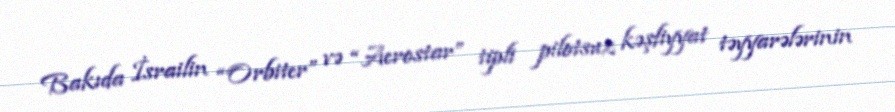
Bakıda İsrailin “Orbiter” və “Aerostar” tipli pilotsuz kəşfiyyat təyyarələrinin